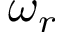
\omega _ { r }